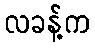
လခန့်က